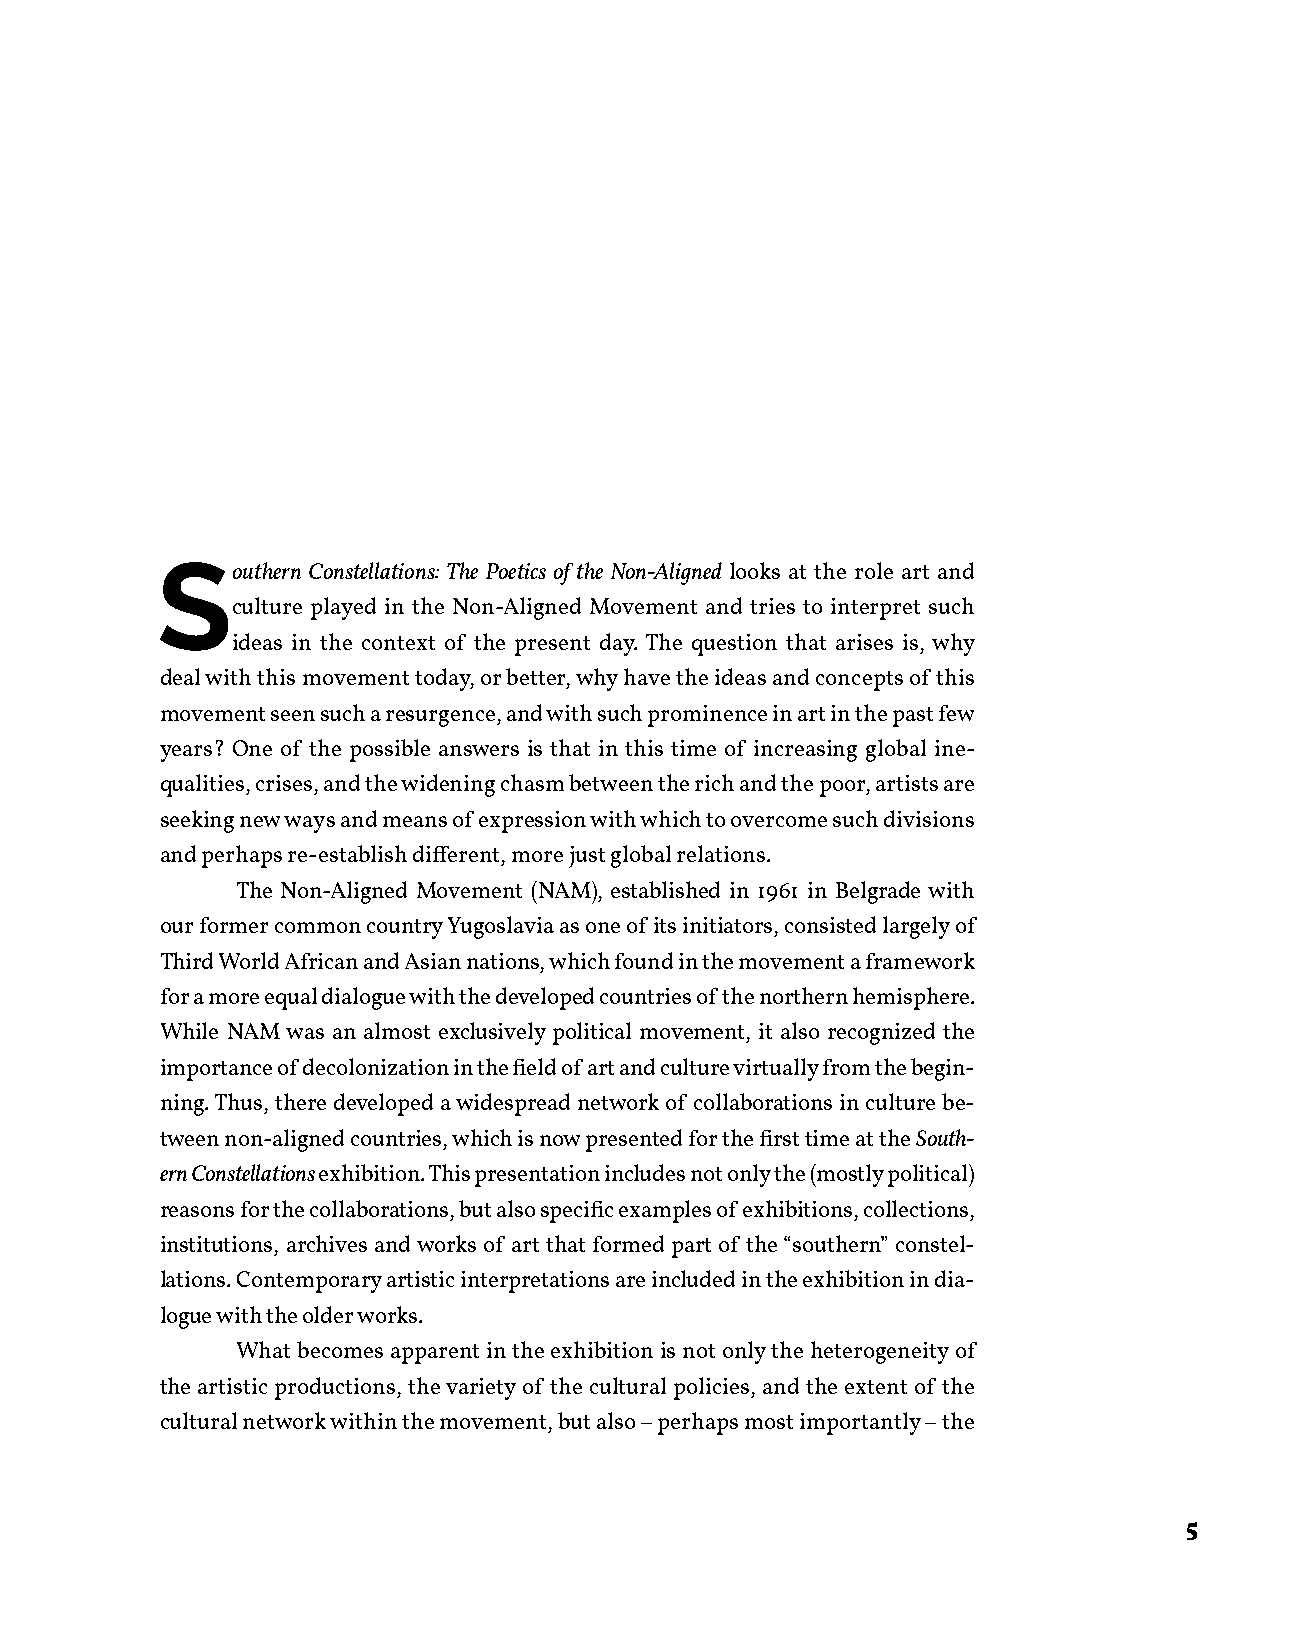
S
 outhern Constellations: The Poetics of the Non-Aligned looks at the role art and
 culture played in the Non-Aligned Movement and tries to interpret such
 ideas in the context of the present day. The question that arises is, why
 deal with this movement today, or better, why have the ideas and concepts of this
 movement seen such a resurgence, and with such prominence in art in the past few
 years? One of the possible answers is that in this time of increasing global ine-
 qualities, crises, and the widening chasm between the rich and the poor, artists are
 seeking new ways and means of expression with which to overcome such divisions
 and perhaps re-establish different, more just global relations.
 The Non-Aligned Movement (NAM), established in 1961 in Belgrade with
 our former common country Yugoslavia as one of its initiators, consisted largely of
 Third World African and Asian nations, which found in the movement a framework
 for a more equal dialogue with the developed countries of the northern hemisphere.
 While NAM was an almost exclusively political movement, it also recognized the
 importance of decolonization in the field of art and culture virtually from the begin-
 ning. Thus, there developed a widespread network of collaborations in culture be-
 tween non-aligned countries, which is now presented for the first time at the South-
 ern Constellations exhibition. This presentation includes not only the (mostly political)
 reasons for the collaborations, but also specific examples of exhibitions, collections,
 institutions, archives and works of art that formed part of the “southern” constel-
 lations. Contemporary artistic interpretations are included in the exhibition in dia-
 logue with the older works.
 What becomes apparent in the exhibition is not only the heterogeneity of
 the artistic productions, the variety of the cultural policies, and the extent of the
 cultural network within the movement, but also – perhaps most importantly – the
 5